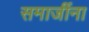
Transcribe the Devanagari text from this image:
समाजींना